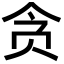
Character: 贪